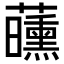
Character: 𬟝